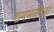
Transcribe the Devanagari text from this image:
रामभक्तीला